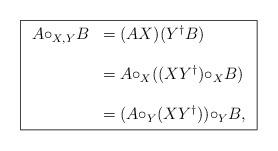
LaTeX: \begin{align*}\fbox{$\begin{array}{cl} A{\circ_{X,Y}}B & = (AX)(Y^{\dagger}B) \\ \\ & =A{\circ_{X}}((XY^{\dagger}){\circ_{X}}B) \\ \\ & =(A{\circ_{Y}}(XY^{\dagger})){\circ_{Y}}B, \\\end{array}$}\end{align*}